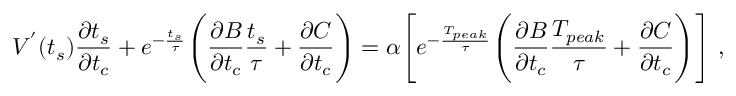
V ^ { ' } ( t _ { s } ) \frac { \partial t _ { s } } { \partial t _ { c } } + e ^ { - \frac { t _ { s } } { \tau } } \Bigg ( \frac { \partial B } { \partial t _ { c } } \frac { t _ { s } } { \tau } + \frac { \partial C } { \partial t _ { c } } \Bigg ) = \alpha \Bigg [ e ^ { - \frac { T _ { p e a k } } { \tau } } \Bigg ( \frac { \partial B } { \partial t _ { c } } \frac { T _ { p e a k } } { \tau } + \frac { \partial C } { \partial t _ { c } } \Bigg ) \Bigg ] ~ ,